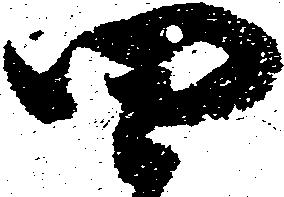
四